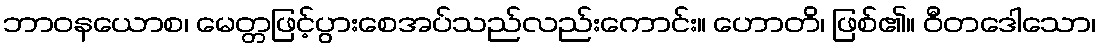
ဘာဝနယောစ၊ မေတ္တဖြင့်ပွားစေအပ်သည်လည်းကောင်း။ ဟောတိ၊ ဖြစ်၏။ ဝီတဒေါသော၊